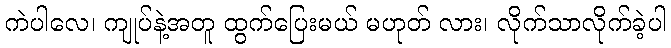
ကဲပါလေ၊ ကျုပ်နဲ့အတူ ထွက်ပြေးမယ် မဟုတ် လား၊ လိုက်သာလိုက်ခဲ့ပါ